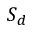
S _ { d }